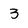
Character: 3